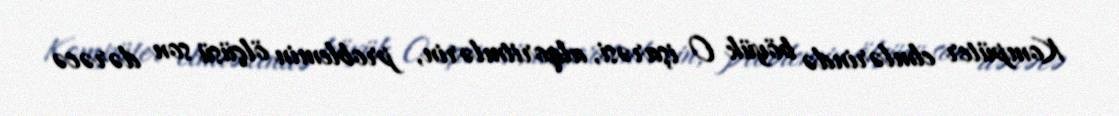
Kompüter elmlərində böyük O işarəsi, alqoritmlərin, problemin ölçüsü son dərəcə